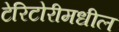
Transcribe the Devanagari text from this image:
टेरिटोरीमधील